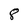
Character: 8